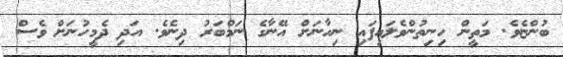
ބުންޏެވެ. މަތީން ހިނިތުންވެލައިފައި ނިހާނަށް އޭނާގެ ނަމްބަރު ދިނެވެ. އަދި ދެމީހުނަށް ވެސް